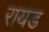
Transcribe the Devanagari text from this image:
रायड